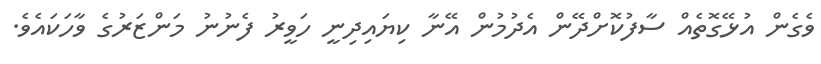
ވެގެން އުޅޭގޮތެއް ސާފުކޮށްދޭން އެދުމުން އޭނާ ކިޔައިދިނީ ހަވީރު ފެނުނު މަންޒަރުގެ ވާހަކައެވެ.